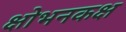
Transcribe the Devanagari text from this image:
क्षोभनकक्ष